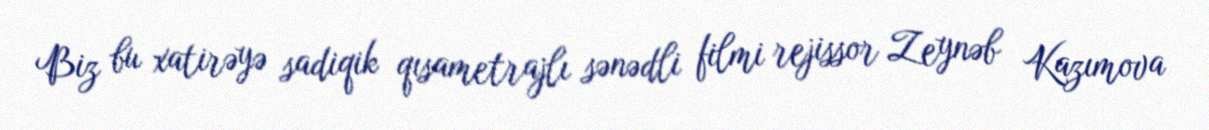
Biz bu xatirəyə sadiqik qısametrajlı sənədli filmi rejissor Zeynəb Kazımova